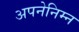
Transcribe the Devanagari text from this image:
अपनेनिम्न